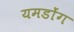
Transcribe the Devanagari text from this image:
यमडोंग